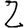
Digit: 2